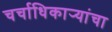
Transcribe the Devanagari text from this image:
चर्चाधिकार्‍यांचा